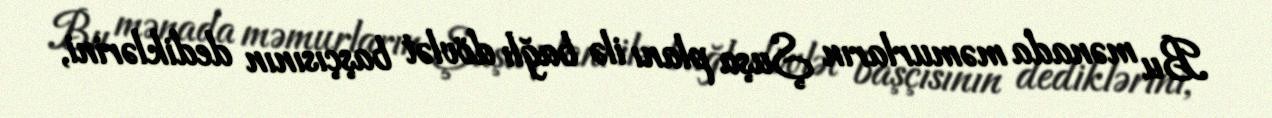
Bu mənada məmurların Şuşa planı ilə bağlı dövlət başçısının dediklərini,